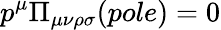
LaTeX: p^{\mu}\Pi_{\mu\nu\rho\sigma}(pole)=0